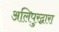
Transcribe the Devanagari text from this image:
अलिपुरद्वारा